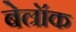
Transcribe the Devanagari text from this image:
बेल्रॉक